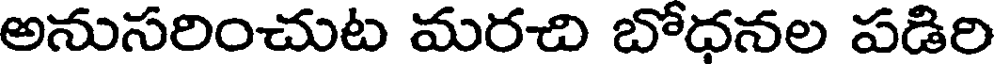
అనుసరించుట మరచి బోధనల పడిరి